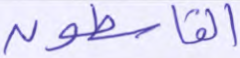
القاسطون